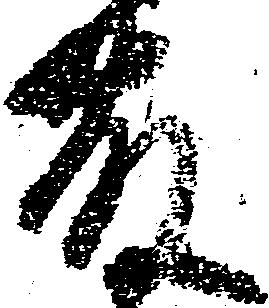
藤